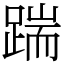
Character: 踹